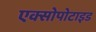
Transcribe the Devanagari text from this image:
एक्सोपोटाइड